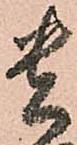
貴